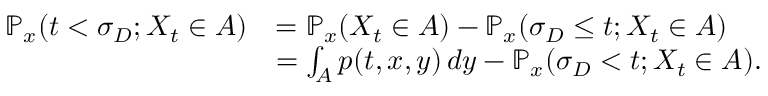
\begin{array} { r l } { \ensuremath { \mathbb { P } } _ { x } ( t < \sigma _ { D } ; X _ { t } \in A ) } & { = \ensuremath { \mathbb { P } } _ { x } ( X _ { t } \in A ) - \ensuremath { \mathbb { P } } _ { x } ( \sigma _ { D } \leq t ; X _ { t } \in A ) } \\ & { = \int _ { A } p ( t , x , y ) \, d y - \ensuremath { \mathbb { P } } _ { x } ( \sigma _ { D } < t ; X _ { t } \in A ) . } \end{array}